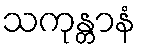
သကုန္တာနံ